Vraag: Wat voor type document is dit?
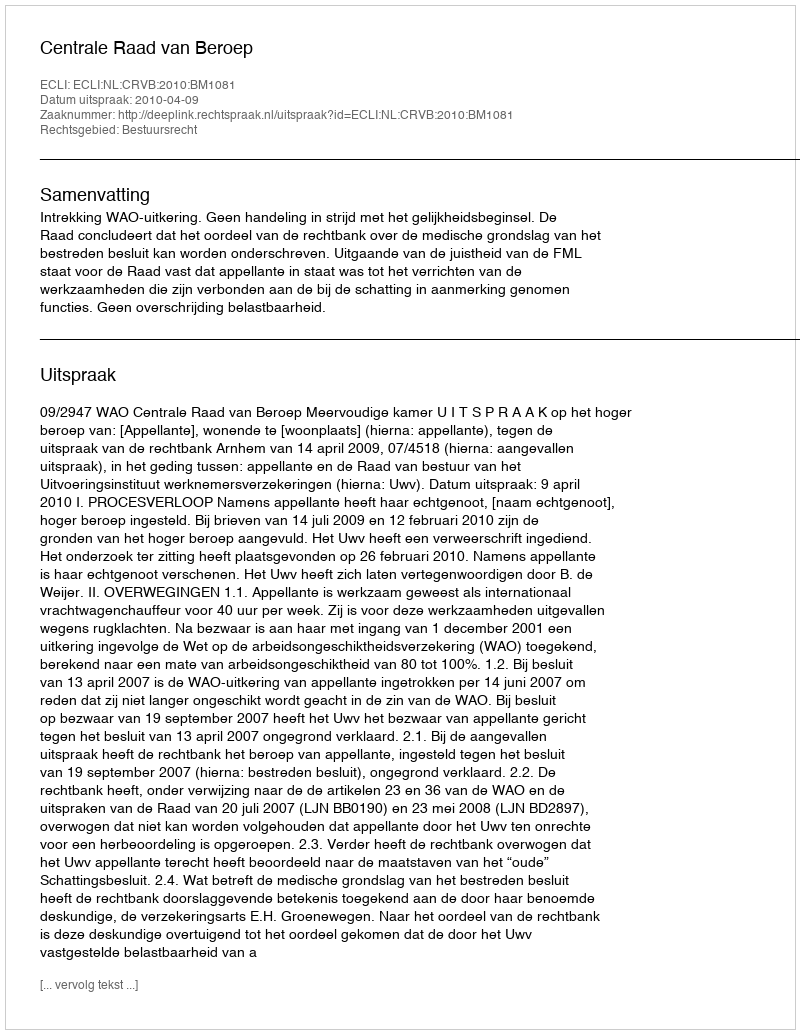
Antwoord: Uitspraak